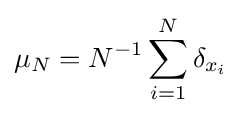
\mu _{N}=N^{-1}\sum _{i=1}^{N}\delta _{x_{i}}